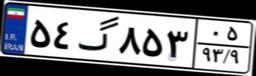
۵۴گ۸۵۳۰۵